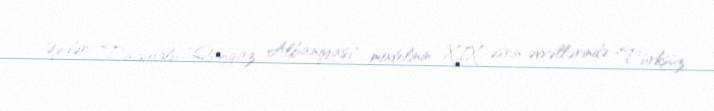
Əjdər Tağıoğlu "Qafqaz Albaniyası" modelinin XIX əsrin əvvəllərində "Türksüz